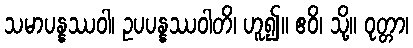
သမာပန္နဿဝါ၊ ဥပပန္နဿဝါတိ၊ ဟူ၍။ ဧဝိ၊ သို့။ ဝုတ္တာ၊